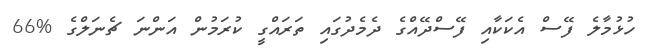
ހުޅުމާލެ ފޭސް އެކަކާއި ފޭސްދޭއްގެ ދެމެދުގައި ތަރައްގީ ކުރަމުން އަންނަ ޗެނަލްގެ %66